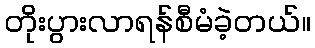
တိုးပွားလာရန်စီမံခဲ့တယ်။